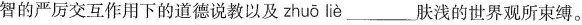
智的严厉交互作用下的道德说教以及 zhuō liè ___肤浅的世界观所束缚。